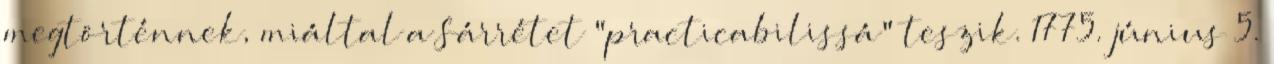
megtörténnek, miáltal a Sárrétet "practicabilissá" teszik. 1775. június 5.